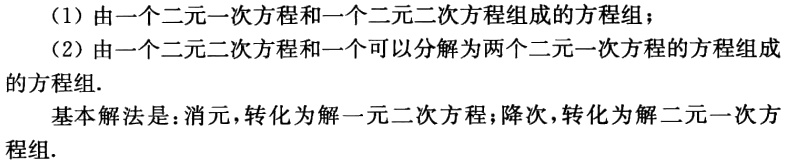
（1）由一个二元一次方程和一个二元二次方程组成的方程组；

（2）由一个二元二次方程和一个可以分解为两个二元一次方程的方程组成的方程组.

基本解法是：消元，转化为解一元二次方程；降次，转化为解二元一次方程组.